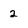
Character: 2